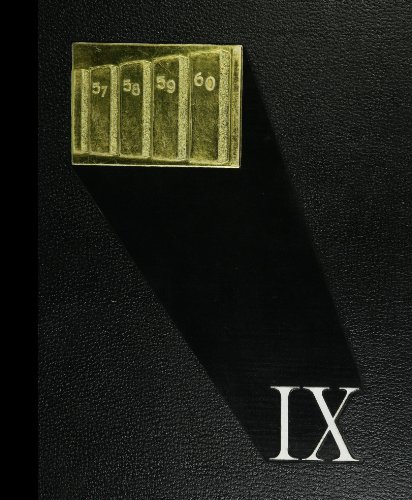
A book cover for (Reprint) 1960 Yearbook: Menlo-Atherton High School, Atherton, California; Reference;